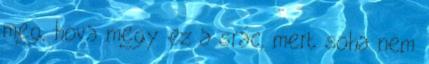
meg, hova megy ez a srác, mert soha nem